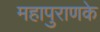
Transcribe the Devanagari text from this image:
महापुराणके